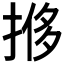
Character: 𫽎